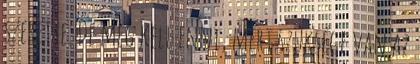
szerette. De meg kell enni, mert szüksége van az